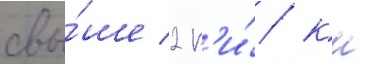
свы́ше 2 к'и́/ км